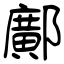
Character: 鄺